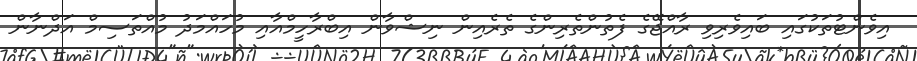
އިވެންޓުތަކުގައި ބައިވެރިވި ރާއްޖޭގެ ފެތުންތެރިންގެ ތެރެއިން ނިޝްވާން އިބްރާހީމްއާއި މުހައްމަދު މުއްތަސިމް އަދްނާން